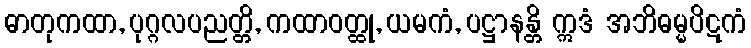
ဓာတုကထာ, ပုဂ္ဂလပညတ္တိ, ကထာဝတ္ထု, ယမကံ, ပဋ္ဌာနန္တိ ဣဒံ အဘိဓမ္မပိဋကံ